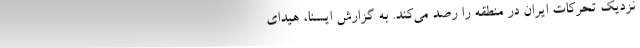
نزدیک‌ تحرکات ایران در منطقه را رصد می‌کند. به گزارش ایسنا، هیدای